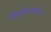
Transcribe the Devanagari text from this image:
शिवसङ्कल्पमस्तु॥६॥